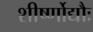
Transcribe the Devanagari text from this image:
शीर्ष्णोद्यौः